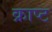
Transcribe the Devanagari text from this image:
क्राप्ट